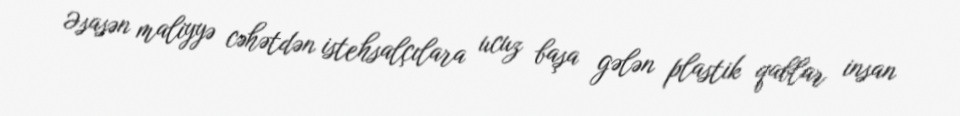
Əsasən maliyyə cəhətdən istehsalçılara ucuz başa gələn plastik qablar insan